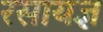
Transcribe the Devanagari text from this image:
रसायज्ञ